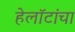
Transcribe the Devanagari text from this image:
हेलॉटांचा